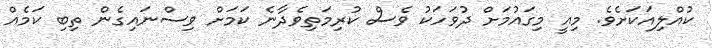
ކުއްލިއަކަށެވެ. މިއީ މިގައުމަށް ދުވަހަކު ވެސް ކުރިމަތިވެދާނެ ކަމަށް ވިސްނައިގެން ތިބި ކަމެއް